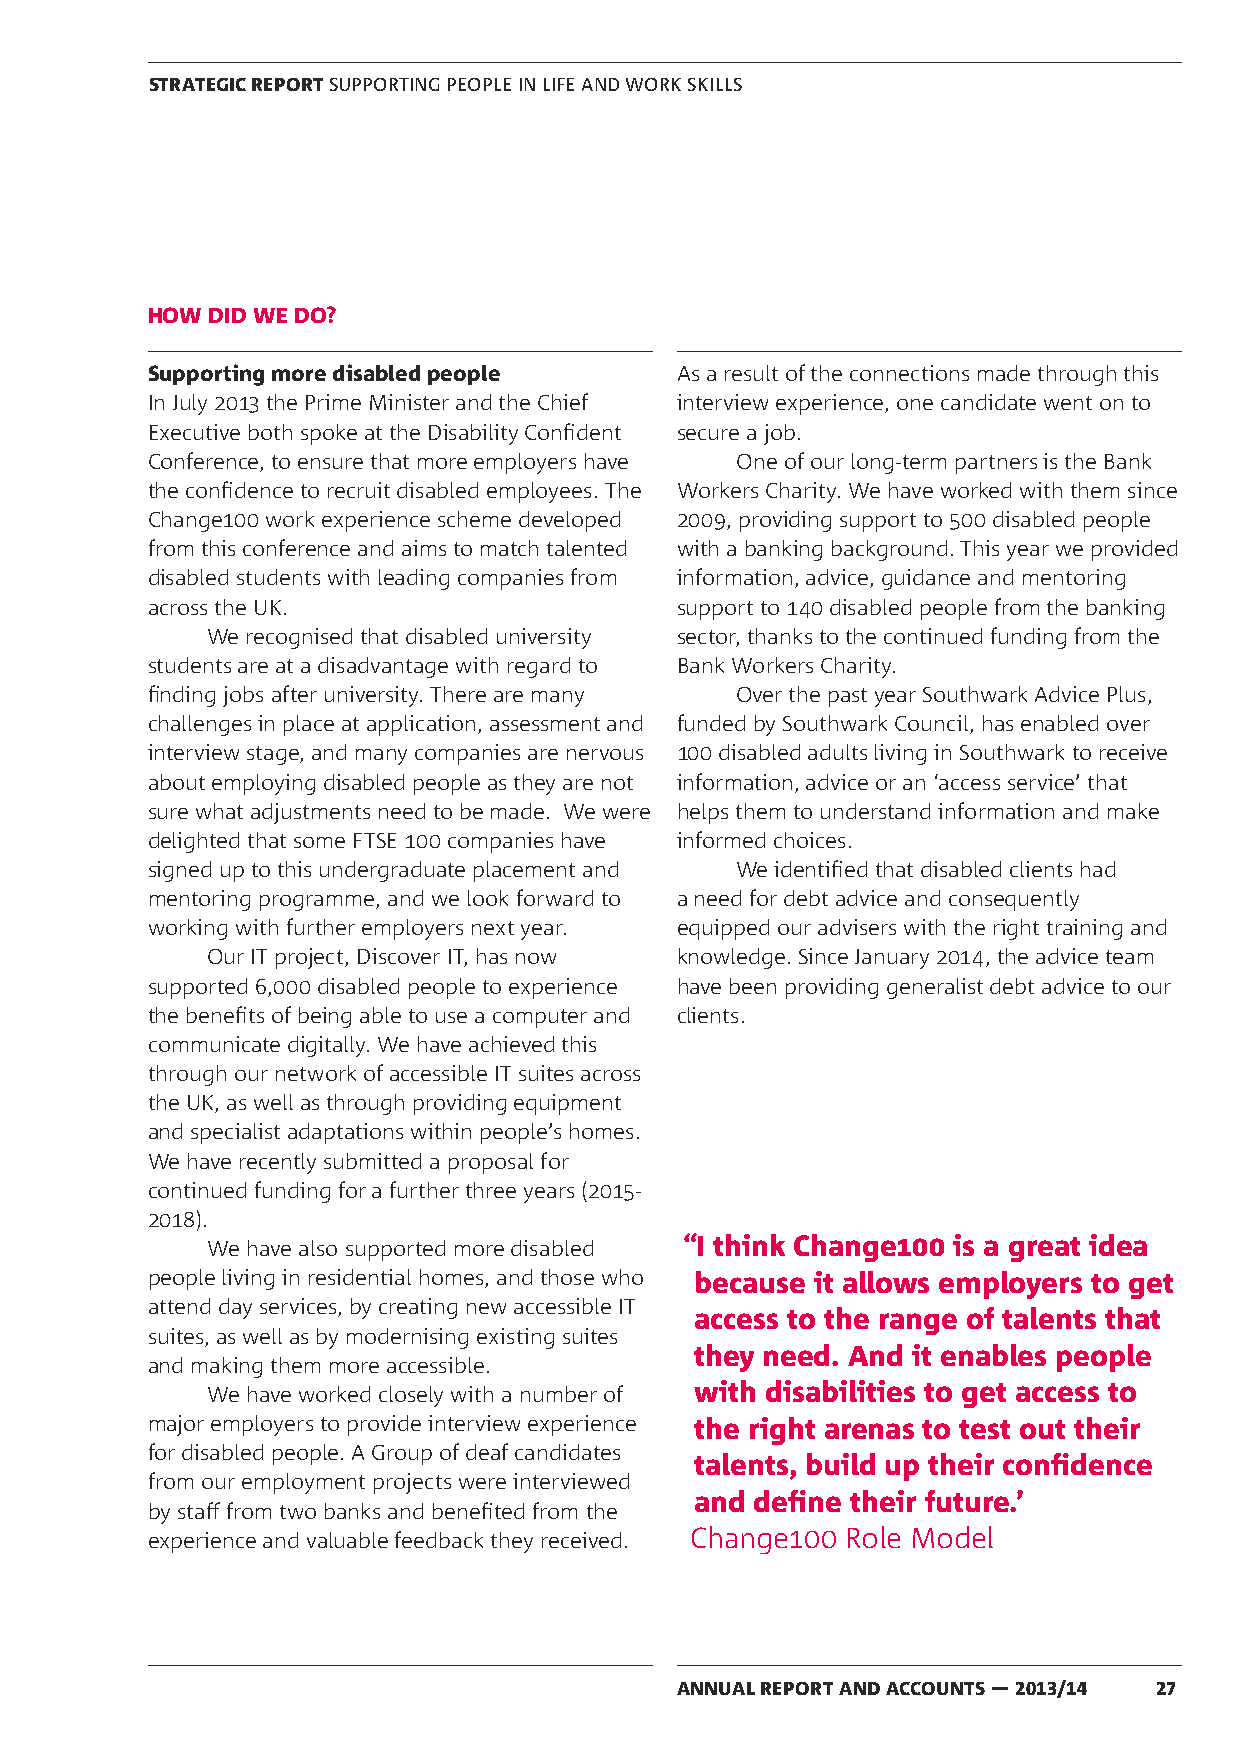
STRATEGIC REPORT SUPPORTING PEOPLE IN LIFE AND WORK SKILLS
 HOW DID WE DO?
 Supporting more disabled people    As a result of the connections made through this
 In July 2013 the Prime Minister and the Chief interview experience, one candidate went on to
 Executive both spoke at the Disability Confident secure a job.
 Conference, to ensure that more employers have One of our long-term partners is the Bank
 the confidence to recruit disabled employees. The Workers Charity. We have worked with them since
 Change100 work experience scheme developed 2009, providing support to 500 disabled people
 from this conference and aims to match talented with a banking background. This year we provided
 disabled students with leading companies from information, advice, guidance and mentoring
 across the UK.                     support to 140 disabled people from the banking
 We recognised that disabled university sector, thanks to the continued funding from the
 students are at a disadvantage with regard to Bank Workers Charity.
 finding jobs after university. There are many Over the past year Southwark Advice Plus,
 challenges in place at application, assessment and funded by Southwark Council, has enabled over
 interview stage, and many companies are nervous 100 disabled adults living in Southwark to receive
 about employing disabled people as they are not information, advice or an ‘access service’ that
 sure what adjustments need to be made. We were helps them to understand information and make
 delighted that some FTSE 100 companies have informed choices.
 signed up to this undergraduate placement and We identified that disabled clients had
 mentoring programme, and we look forward to a need for debt advice and consequently
 working with further employers next year. equipped our advisers with the right training and
 Our IT project, Discover IT, has now knowledge. Since January 2014, the advice team
 supported 6,000 disabled people to experience have been providing generalist debt advice to our
 the benefits of being able to use a computer and clients.
 communicate digitally. We have achieved this
 through our network of accessible IT suites across
 the UK, as well as through providing equipment
 and specialist adaptations within people’s homes.
 We have recently submitted a proposal for
 continued funding for a further three years (2015-
 2018).
 We have also supported more disabled “I think Change100 is a great idea
 people living in residential homes, and those who because it allows employers to get
 attend day services, by creating new accessible IT
 access to the range of talents that
 suites, as well as by modernising existing suites
 they need. And it enables people
 and making them more accessible.
 We have worked closely with a number of with disabilities to get access to
 major employers to provide interview experience the right arenas to test out their
 for disabled people. A Group of deaf candidates
 talents, build up their confidence
 from our employment projects were interviewed
 and define their future.’
 by staff from two banks and benefited from the
 experience and valuable feedback they received. Change100 Role Model
 ANNUAL REPORT AND ACCOUNTS — 2013/14 27